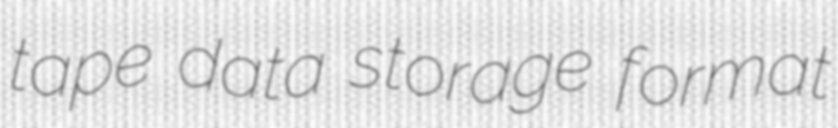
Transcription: tape data storage format